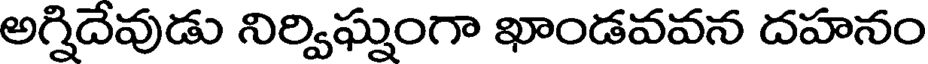
అగ్నిదేవుడు నిర్విఘ్నంగా ఖాండవవన దహనం